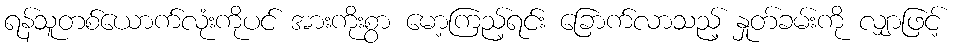
ရန်သူတစ်ယောက်လုံးကိုပင် အားကိုးစွာ မော့ကြည့်ရင်း ခြောက်လာသည့် နှုတ်ခမ်းကို လျှာဖြင့်